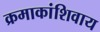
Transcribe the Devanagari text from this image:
क्रमाकांशिवाय